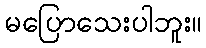
မပြောသေးပါဘူး။